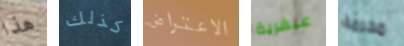
هذا كذلك الاعتراض عبقرية محرمة